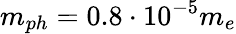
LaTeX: m_{ph}=0.8\cdot 10^{-5}m_{e}